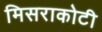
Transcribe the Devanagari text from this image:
मिसराकोटी